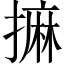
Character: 𢳀